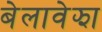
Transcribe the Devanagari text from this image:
बेलावेझा